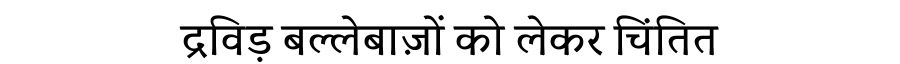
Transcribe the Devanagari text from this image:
द्रविड़ बल्लेबाज़ों को लेकर चिंतित